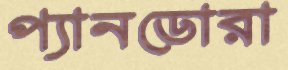
প্যানডোরা